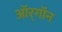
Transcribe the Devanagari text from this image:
ऑर्‌गॉन